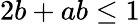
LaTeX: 2b+ab\leq 1